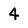
Character: 4